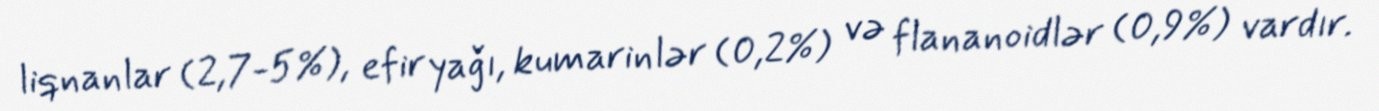
liqnanlar (2,7-5%), efir yağı, kumarinlər (0,2%) və flananoidlər (0,9%) vardır.